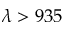
\lambda > 9 3 5